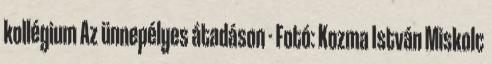
kollégium Az ünnepélyes átadáson - Fotó: Kozma István Miskolc